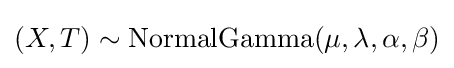
(X,T)\sim \operatorname {NormalGamma} (\mu ,\lambda ,\alpha ,\beta )